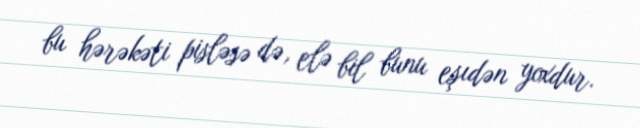
bu hərəkəti pisləsə də, elə bil bunu eşıdən yoxdur.